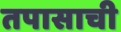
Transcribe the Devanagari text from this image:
तपासाची